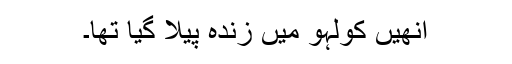
انھیں کولہو میں زندہ پیلا گیا تھا۔